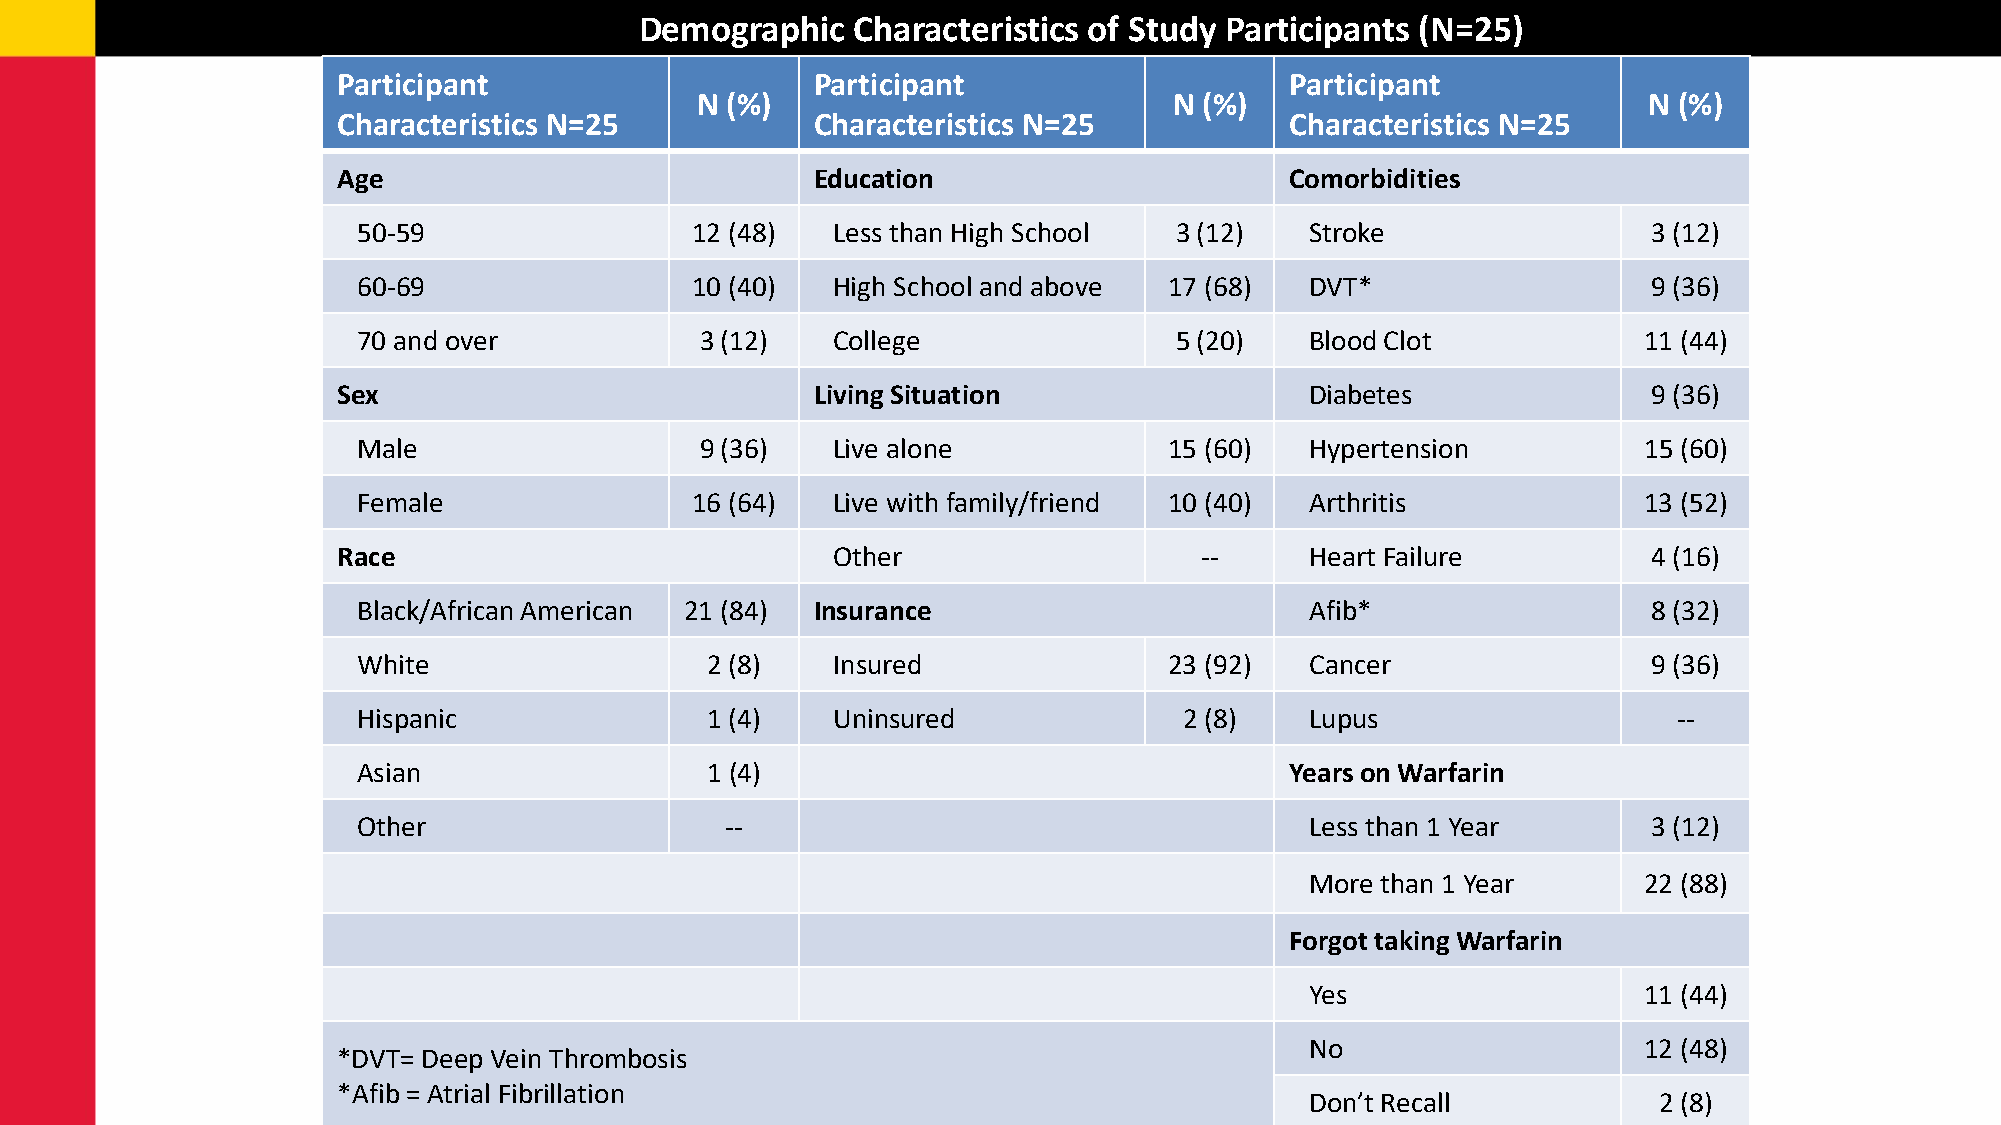
Demographic   Characteristics of Study Participants (N=25)
 Participant                     Participant                    Participant
 N (%)                           N (%)                          N (%)
 Characteristics N=25            Characteristics N=25           Characteristics N=25
 Age                             Education                      Comorbidities
 50-59                 12 (48)  Less than High School  3 (12)   Stroke                3 (12)
 60-69                 10 (40)  High School and above 17 (68)   DVT*                  9 (36)
 70 and over           3 (12)   College                5 (20)   Blood Clot            11 (44)
 Sex                             Living Situation                 Diabetes              9 (36)
 Male                  9 (36)   Live alone            15 (60)   Hypertension          15 (60)
 Female                16 (64)  Live with family/friend 10 (40) Arthritis             13 (52)
 Race                             Other                   --      Heart Failure         4 (16)
 Black/AfricanAmerican 21 (84) Insurance                        Afib*                 8 (32)
 White                  2 (8)   Insured               23 (92)   Cancer                9 (36)
 Hispanic               1 (4)   Uninsured              2 (8)    Lupus                   --
 Asian                  1 (4)                                 Yearson Warfarin
 Other                   --                                     Less than 1 Year      3 (12)
 More than 1 Year      22 (88)
 ForgottakingWarfarin
 Yes                   11 (44)
 No                    12 (48)
 *DVT= Deep Vein Thrombosis
 *Afib = Atrial Fibrillation
 Don’t Recall           2 (8)